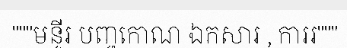
"""មន្ទីរ បញ្ចកោណ ឯកសារ , ការរ"""